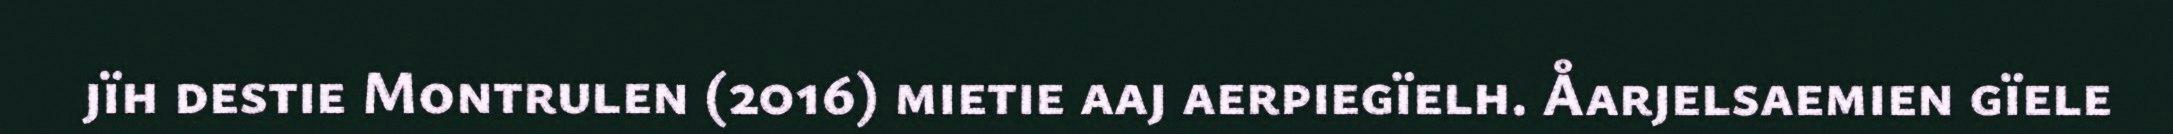
jïh destie Montrulen (2016) mietie aaj aerpiegïelh. Åarjelsaemien gïele